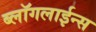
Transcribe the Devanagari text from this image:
ब्लॉगलाईन्स